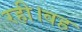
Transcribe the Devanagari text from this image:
रही।वह